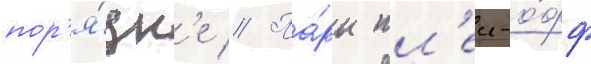
пор'я́дк'е // Па́ры пл'еи-о́фф